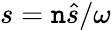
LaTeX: s=\mathtt{n}\hat{{s}}/\omega